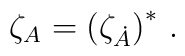
\zeta_A=\left(  \zeta_{\dot A}\right)^*\,.